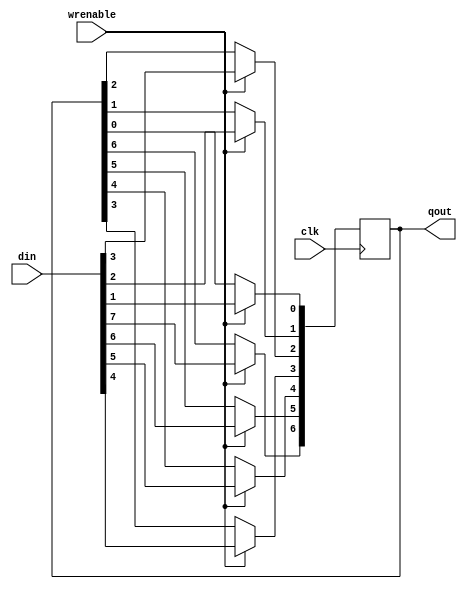
module addresslatch(clk, din, qout, wrenable);

input clk;
input[7:0] din;
input wrenable;
output reg[6:0] qout;

always @(posedge clk) begin
	if(wrenable) begin
		//$display("address captured");
		qout[0]<=din[1];
		qout[1]<=din[2];
		qout[2]<=din[3];
		qout[3]<=din[4];
		qout[4]<=din[5];
		qout[5]<=din[6];
		qout[6]<=din[7];
	end
end

endmodule